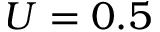
U = 0 . 5